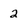
Character: 2